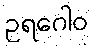
ဥရဂေါဝ